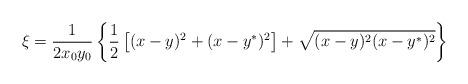
LaTeX: \begin{align*}\xi = \frac1{2x_0y_0} \left\{ \frac12 \left[ (x-y)^2 +(x-y^*)^2 \right] +\sqrt{(x-y)^2(x-y^*)^2} \right\}\end{align*}